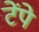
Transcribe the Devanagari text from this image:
टेंपे